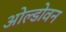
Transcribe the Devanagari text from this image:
ओल्डोवन